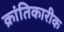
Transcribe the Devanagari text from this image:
क्रांतिकारीक